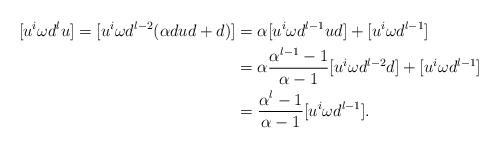
LaTeX: \begin{align*} [u^i\omega d^lu] = [u^i\omega d^{l-2}(\alpha dud + d)] &= \alpha [u^i\omega d^{l-1}ud] + [u^i\omega d^{l-1}]\\&=\alpha\frac{\alpha^{l-1}-1}{\alpha-1}[u^i\omega d^{l-2}d] + [u^i\omega d^{l-1}]\\&=\frac{\alpha^l-1}{\alpha-1}[u^i\omega d^{l-1}].\end{align*}